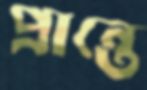
প্রান্তে